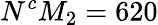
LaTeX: N^{c}M_{2}=620